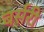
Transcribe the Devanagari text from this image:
बर्सरी